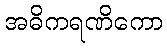
အဓိကရဏိကော